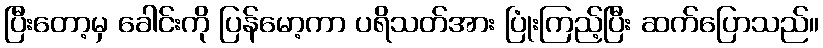
ပြီးတော့မှ ခေါင်းကို ပြန်မော့ကာ ပရိသတ်အား ပြုံးကြည့်ပြီး ဆက်ပြောသည်။